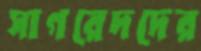
সাগরেদদের